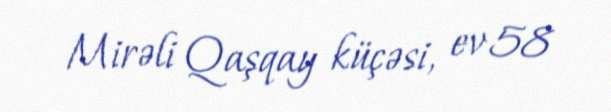
Mirəli Qaşqay küçəsi, ev 58